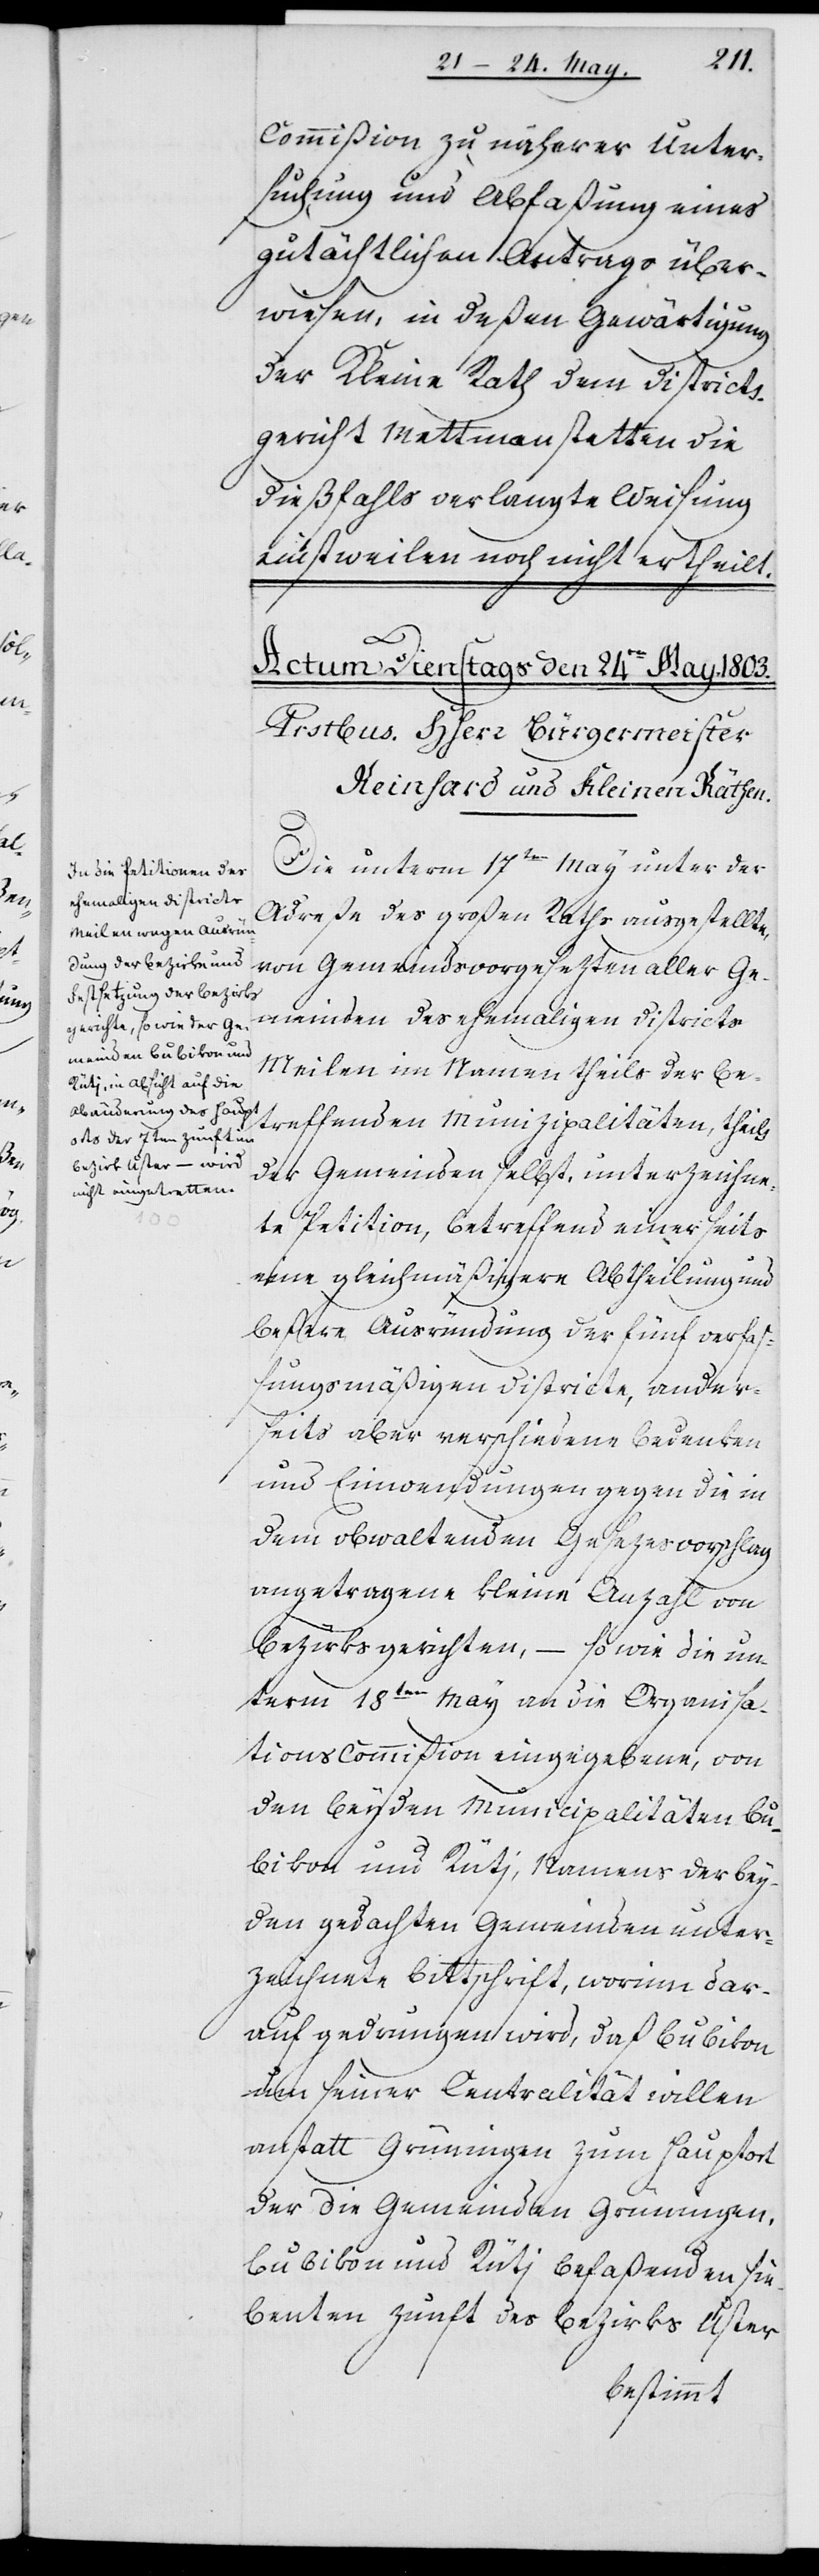
Commißion zu näherer Unter¬
suchung und Abfaßung eines
gutächtlichen Antrags über¬
wiesen, in deßen Gewärtigung
der Kleine Rath dem Districts¬
gericht Mettmanstetten die
dießfalls verlangte Weisung
einstweilen noch nicht ertheilt.
Die unterm 17ten May unter der
Adreße des großen Raths ausgestellte,
von Gemeindsvorgesezten aller Ge¬
meinden des ehemaligen Districts
Meilen im Namen theils der be¬
treffenden Munizipalitäten, theils
der Gemeinden selbst, unterzeichne¬
te Petition, betreffend einerseits
eine gleichmäßigere Abtheilung und
beßere Ausründung der fünf verfaß¬
ungsmäßigen Districte, ander¬
seits aber verschiedene Bedenken
und Einwendungen gegen die in
dem obwaltenden Gesezesvorschlag
angetragene kleine Anzahl von
Bezirksgerichten, – sowie die un¬
term 18ten May an die Organisa¬
tions Commißion eingegebene, von
den beyden Municipalitäten Bu¬
bikon und Rütj, Namens der bey¬
den gedachten Gemeinden unter¬
zeichnete Bittschrift, worinn dar¬
auf gedrungen wird, daß Bubikon
um seiner Centralität willen
anstatt Grüningen zum Hauptort
der die Gemeinden Grüningen,
Bubikon und Rütj befaßenden sie¬
benten Zunft des Bezirks Uster